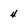
Character: 4